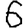
Digit: 6